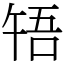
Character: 啎